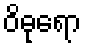
ဝိဓုရော